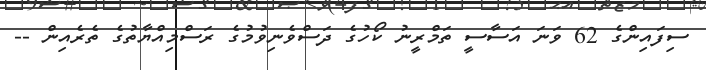
ސިފައިންގެ 62 ވަނަ އަސާސީ ތަމްރީނު ކޯހުގެ ދަސްވެނިވުމުގެ ރަސްމިއްޔާތުގެ ތެރެއިން --